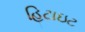
હિટાઇટ